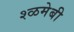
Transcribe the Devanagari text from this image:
श्ळमेबी